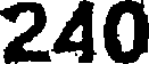
240